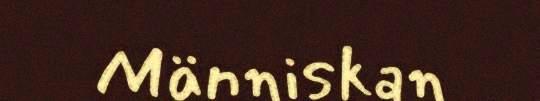
Människan